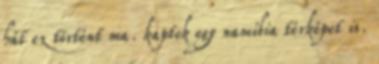
hát ez történt ma. kaptok egy namíbia térképet is.